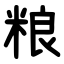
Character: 粮